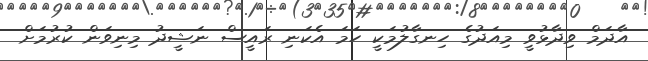
އާދަމް ވިދާޅުވީ މިއަދުގެ ހިނގާލުމަކީ ހަމަ އެކަނި ރައީސް ނަޝީދު މިނިވަން ކުރުމަށް